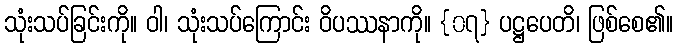
သုံးသပ်ခြင်းကို။ ဝါ၊ သုံးသပ်ကြောင်း ဝိပဿနာကို။ {၀၇} ပဋ္ဌပေတိ၊ ဖြစ်စေ၏။